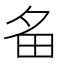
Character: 𤰧